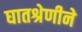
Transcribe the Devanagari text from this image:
घातश्रेणीने